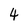
Character: 4